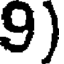
9)